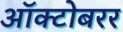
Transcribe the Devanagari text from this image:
ऑक्टोबरर